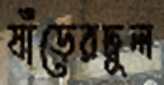
ষাঁড়েরঢুল